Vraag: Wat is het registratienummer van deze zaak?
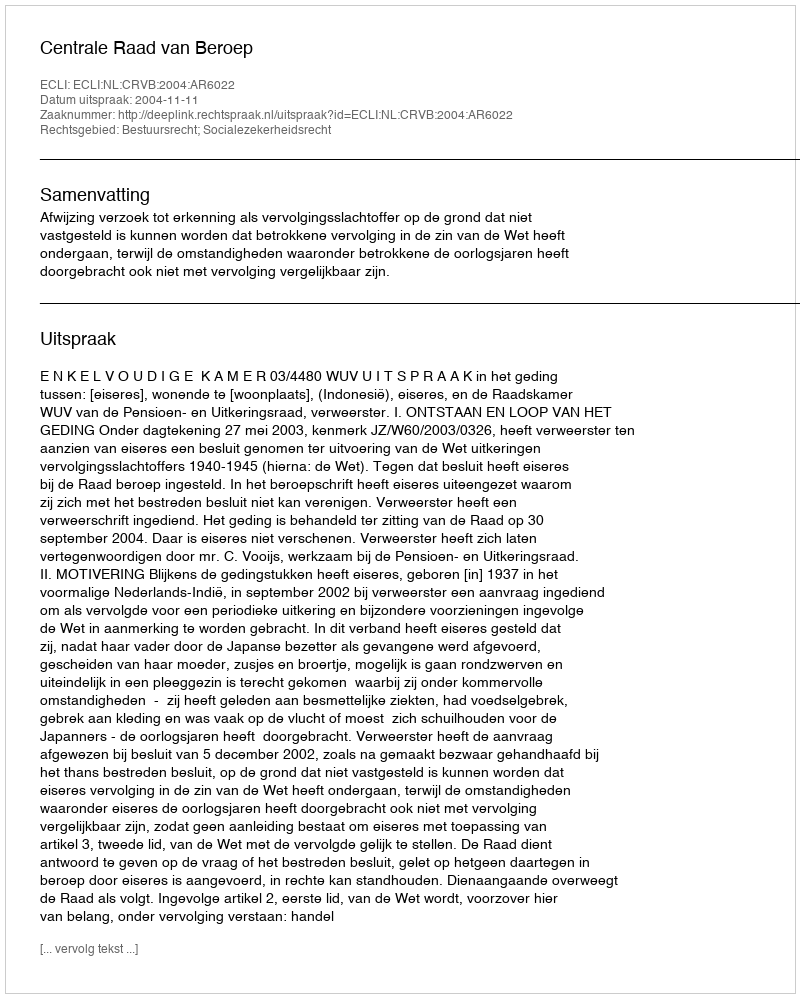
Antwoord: http://deeplink.rechtspraak.nl/uitspraak?id=ECLI:NL:CRVB:2004:AR6022